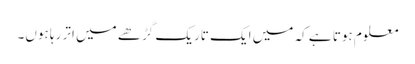
معلوم ہوتا ہے کہ میں ایک تاریک گڑھے میں اتر رہا ہوں۔